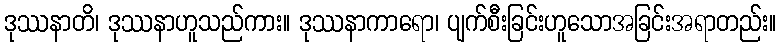
ဒုဿနာတိ၊ ဒုဿနာဟူသည်ကား။ ဒုဿနာကာရော၊ ပျက်စီးခြင်းဟူသောအခြင်းအရာတည်း။